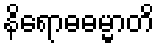
နိရောဓဓမ္မာတိ